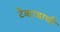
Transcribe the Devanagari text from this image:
टेकाडाची